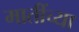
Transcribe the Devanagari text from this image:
मातींच्या